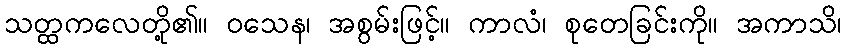
သတ္ထကလေတို့၏။ ဝသေန၊ အစွမ်းဖြင့်။ ကာလံ၊ စုတေခြင်းကို။ အကာသိ၊